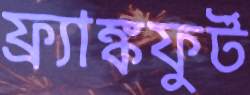
ফ্র্যাঙ্কফুর্ট